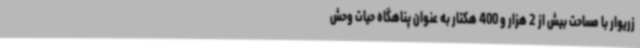
زریوار با مساحت بیش از 2 هزار و 400 هکتار به عنوان پناهگاه حیات وحش